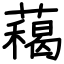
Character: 藒